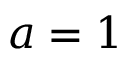
a = 1